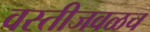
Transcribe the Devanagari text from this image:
वस्तीजवळच